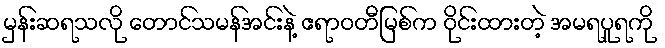
မှန်းဆရသလို တောင်သမန်အင်းနဲ့ ဧရာဝတီမြစ်က ဝိုင်းထားတဲ့ အမရပူရကို